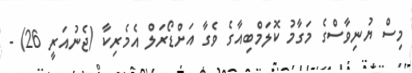
މިސް ޔުނިވާސްގެ މަގާމު ކޮލަމްބިއާގެ ވެގާ އަށްޑޯރަލް އެމެރިކާ (ޖެނުއަރީ 26) -